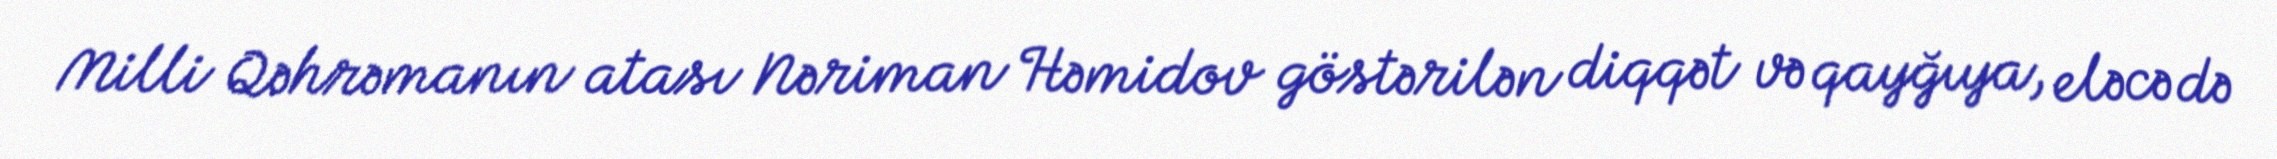
Milli Qəhrəmanın atası Nəriman Həmidov göstərilən diqqət və qayğıya, eləcə də